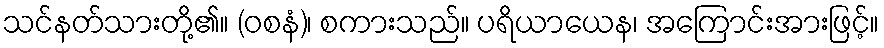
သင်နတ်သားတို့၏။ (ဝစနံ)၊ စကားသည်။ ပရိယာယေန၊ အကြောင်းအားဖြင့်။